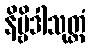
နိဗ္ဗိဒါသုတ္တံ